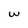
Character: w